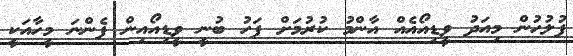
ފުލުހުން މިއަދު ވީޑިއޯއެއް އާންމު ކުރުމަށް ފަހު ބުނީ ވީޑިއޯއިން ފެންނަ މީހާއަކީ